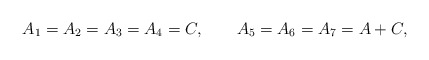
\begin{align*}{A_1=A_2=A_3=A_4=C,\qquad A_5=A_6=A_7=A+C,}\end{align*}